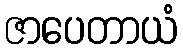
ဇာပေတာယံ